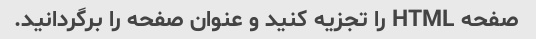
صفحه HTML را تجزیه کنید و عنوان صفحه را برگردانید.